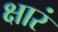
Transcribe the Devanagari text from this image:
क्षारं